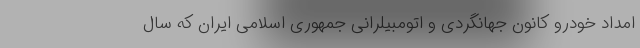
امداد خودرو کانون جهانگردی و اتومبیلرانی جمهوری اسلامی ایران که سال